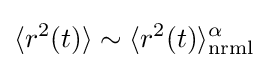
\langle r^{2}(t)\rangle \sim \langle r^{2}(t)\rangle _{\text{nrml}}^{\alpha }